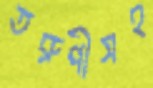
তরুণীসহ